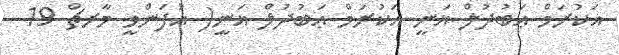
އަކުރަމް ޢަބުދުލް ޣަނީ އަކުރަމް ޢަބުދުލް ޣަނީ( އުފަންވީ މާރޗް 19